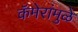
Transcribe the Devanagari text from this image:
कॅमेरांमुळे